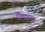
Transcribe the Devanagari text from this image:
प्रेमरूप